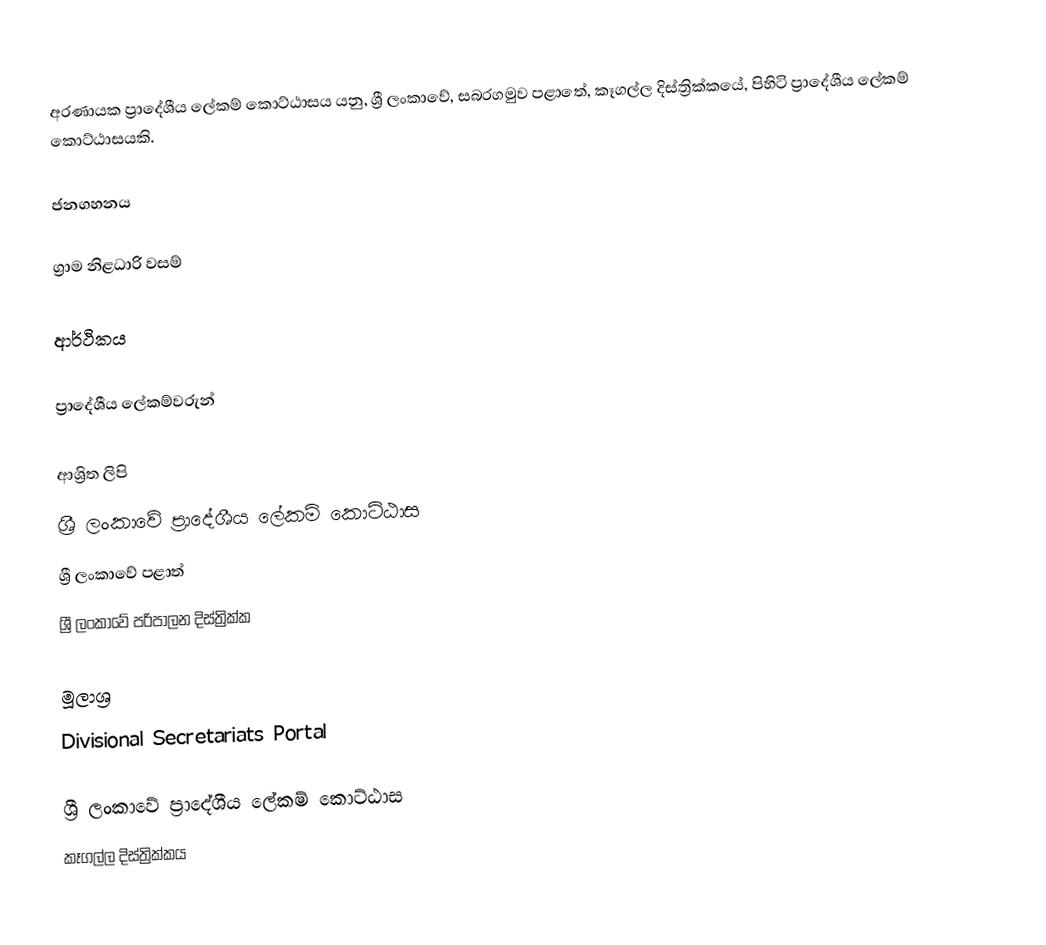
අරණායක ප්‍රාදේශීය ලේකම් කොට්ඨාසය යනු,  ශ්‍රී ලංකාවේ, සබරගමුව පළාතේ,   කෑගල්ල දිස්ත්‍රික්කයේ, පිහිටි ප්‍රාදේශීය ලේකම් කොට්ඨාසයකි.

ජනගහනය

ග්‍රාම නිළධාරි වසම්

ආර්ථිකය

ප්‍රාදේශීය ලේකම්වරුන්

ආශ්‍රිත ලිපි
ශ්‍රී ලංකාවේ ප්‍රාදේශීය ලේකම් කොට්ඨාස
ශ්‍රී ලංකාවේ පළාත්
ශ්‍රී ලංකාවේ පරිපාලන දිස්ත්‍රික්ක

මූලාශ්‍ර
 Divisional Secretariats Portal

ශ්‍රී ලංකාවේ ප්‍රාදේශීය ලේකම් කොට්ඨාස
කෑගල්ල දිස්ත්‍රික්කය